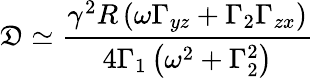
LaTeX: \mathfrak{D}\simeq\frac{\gamma^{2}R\left(\omega\Gamma_{yz}+\Gamma_{2}\Gamma_{zx}\right)}{4\Gamma_{1}\left(\omega^{2}+\Gamma_{2}^{2}\right)}